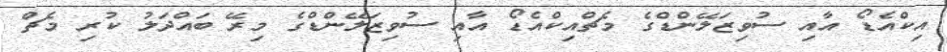
އިކްއެޑޯ އާއި ސުވިޒަލޭންޑްގެ މެޗްއިކްއެޑޯ އާއި ސުވިޒަލޭންޑްގެ މިރޭ ބައްދަލު ކުރި މެޗް